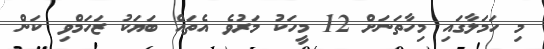
މި ހަމަލާގައި މިހާތަނަށް 12 މީހަކު މަރުވެ އެތައް ބަޔަކު ޒަހަމްވި ކަން